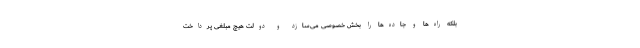
بلکه راه‌ها و جاده‌ها را بخش خصوصی می‌سازد و دولت هیچ مبلغی پرداخت